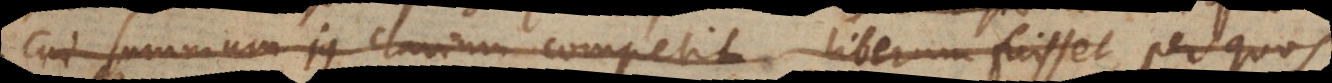
cui summum jus clavium competit, liberum fuisset, per quo